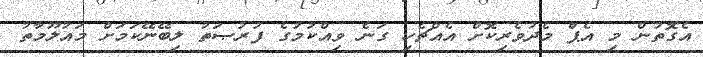
އެގޮތުން މި އެޕް މެދުވެރިކޮށް އެއްޗެހި ގަނެ ވިއްކުމުގެ ފުރުޞަތު ލިބޭނޭކަމަށް މައުލޫމާތު